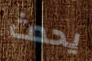
يحدث